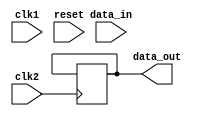
module synchronizer (
    input wire clk1,
    input wire clk2,
    input wire reset,
    input wire data_in,
    output wire data_out
);

reg [7:0] data_reg;
reg ready = 1'b0;

always @(posedge clk1 or posedge reset) begin
    if (reset) begin
        data_reg <= 8'b0;
        ready <= 1'b0;
    end else begin
        data_reg <= data_in;
        ready <= 1'b1;
    end
end

always @(posedge clk2) begin
    if (ready) begin
        data_out <= data_reg;
        ready <= 1'b0;
    end
end

endmodule